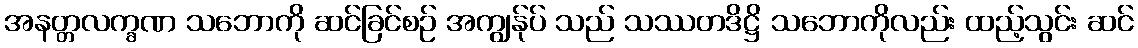
အနတ္တလက္ခဏ သဘောကို ဆင်ခြင်စဉ် အကျွန်ုပ် သည် သဿတဒိဋ္ဌိ သဘောကိုလည်း ထည့်သွင်း ဆင်